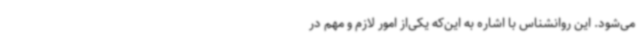
می‌شود. این روانشناس با اشاره به این‌که یکی‌از امور لازم و مهم در